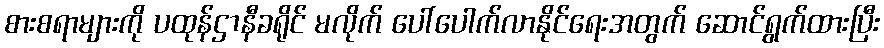
စားစရာများကို ပထုန်ဌာနီခရိုင် မလိုက် ပေါ်ပေါက်လာနိုင်ရေးအတွက် ဆောင်ရွက်ထားပြီး